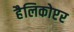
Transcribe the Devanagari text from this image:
हैलिकोप्टर